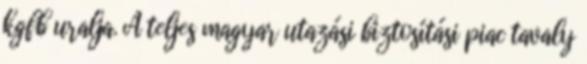
kgfb uralja. A teljes magyar utazási biztosítási piac tavaly